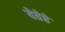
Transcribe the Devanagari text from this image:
येतेहे